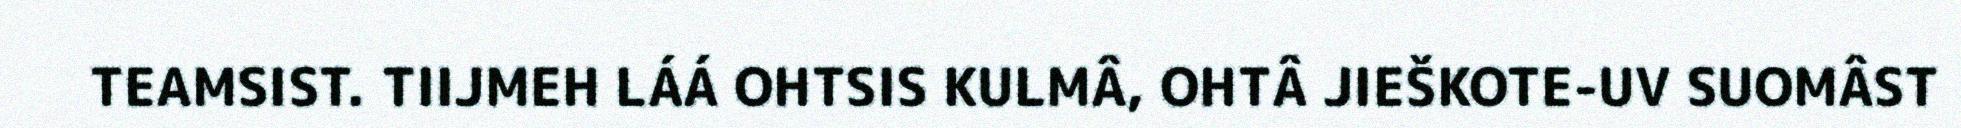
TEAMSIST. TIIJMEH LÁÁ OHTSIS KULMÂ, OHTÂ JIEŠKOTE-UV SUOMÂST